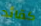
كقائد